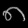
Digit: ၈